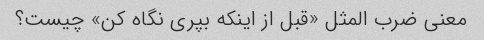
معنی ضرب المثل «قبل از اینکه بپری نگاه کن» چیست؟